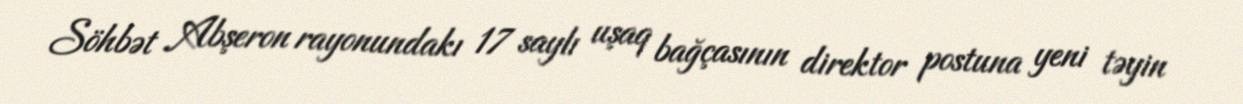
Söhbət Abşeron rayonundakı 17 saylı uşaq bağçasının direktor postuna yeni təyin